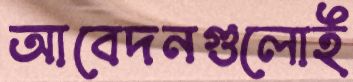
আবেদনগুলোই